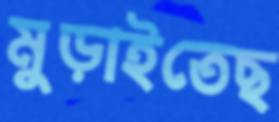
মুড়াইতেছ